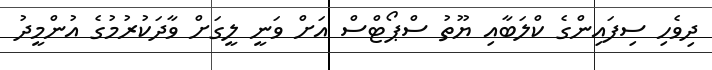
ދިވެހި ސިފައިންގެ ކްލަބާއި ޔޫތު ސްޕޯޓްސް އަށް ވަނީ ލީގަށް ވާދަކުރުމުގެ އުންމީދު